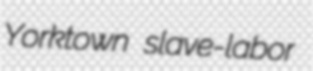
Yorktown slave-labor